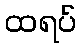
ထရပ်